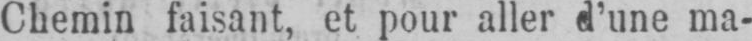
Chemin faisant, et pour aller d’une ma-